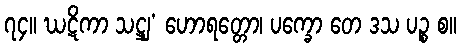
၇၄။ ဃဋိကာ သဋ္ဌျ’ ဟောရတ္တော၊ ပက္ခော တေ ဒသ ပဉ္စ စ။